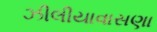
ઝીલીયાવાસણા